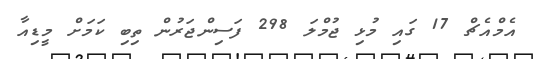
އެމްއެޗް 17 ގައި މުޅި ޖުމްލަ 298 ފަސިންޖަރުން ތިބި ކަމަށް މީޑިއާ